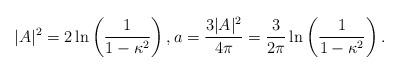
LaTeX: \begin{align*}|A|^2=2\ln\left(\frac{1}{1-\kappa^2}\right),a=\frac{3|A|^2}{4\pi} = \frac{3}{2\pi}\ln\left(\frac{1}{1-\kappa^2}\right). \end{align*}